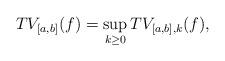
LaTeX: \begin{align*}TV_{[a,b]}(f)=\sup_{k\ge0}TV_{[a,b],k}(f),\end{align*}